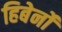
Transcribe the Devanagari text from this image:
हिबेर्नो